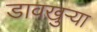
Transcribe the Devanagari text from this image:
डावखुऱ्या